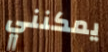
يمكنني